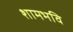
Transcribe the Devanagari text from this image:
शामभवि